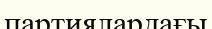
партиялардағы